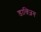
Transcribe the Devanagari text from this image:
डाक्ज़िग